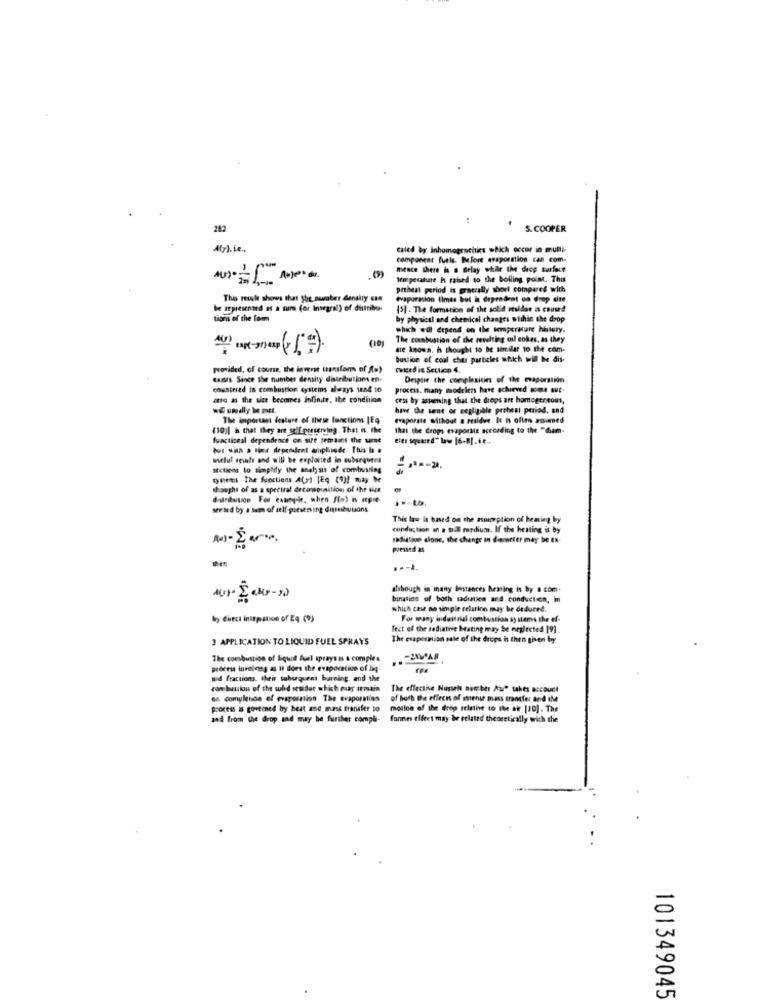
282
S. COOPER
Atyl. ie .,
caled by inhomograchics obich occur in multi-
component fuels. Before evaporation can com-
mente there is a delay while the deop surface
Itm pesatune Is raised to the boiling point. This
preheat period is graccally short compared with
This resle shows that She, surber dendily can
evaporation times but i depredzat on drop site
be represented as a sure (or Integral) of dittribo-
15] - The formation of the solid staldat is cound
by physical and chemical changes within the drop
which wil depend on the temperature history.
The combustion of the revelting ail cokes, as they
are known. h thought to be similar to the com-
bustion of coal chur particles which will be dis-
provided, of course, the inverse transfor of (=)
cuted in Section 4.
tants Since the number density distributions en-
Desplie the complexities of the evaporation
countered in combustion systems always 1and 10
process. many modelers have achieved some sut.
ato as the size becomes infinite, the condition
cess by assuming that the drops art homogeneous,
have the tent or negligible preheat period, and
The important feature of these functions |Eq
evaporate without a residue It is often asamed
(10)| h that they are soif pouserving. That is. the
that the Crops evaporate according to the "diam-
fuactionsl dependence on site temauns the urne
selul meals and will be exploited in suburquent
sections to simplify the analysis of combusting
gnemi The functions A() (Eq (9)! may be
thought of as a spectral drcomounition of the size
dulrituuoe For cabopie, when fim) is itpre-
ser led by a sum of self-paesening dissebutions
This law la based on the aspimeption of heating bry
conduction an a sil medium. If the heating is by
radiative alone, the change in diameter may be en-
pressed as
atrhough in many destances heating is by . com.
Nur- Easy-
Ination of both radiation and conduction, im
which case no simple relation may be dedured.
by Circa iniepation of Ze (?)
For many industrial combusthan sy stems the ef-
fect of the sediative beating may be neglected [9].
3 APPLICATION TO LIQUID FUEL SPRAYS
The evaporation sale of the drops is then given toy
The coesbuttion of liquid fuel sprays is a comples
process involving as It does the evaporation of bq.
wid fractions their subirquent burning and the
con bustion of the wh'd sesidor which muay itmain
The effective Nusseit But ber Au" takes account
en complessa of evaporation The evaporaties of both the effects of estense mass transfer and IM
of both the effects of estense mass transfer and the
process is gortined by heat and mass transfer to
moilon of the drop relative to the at [10] . The
and from the drop and may be further compli-
fonnes effect may be related theoretically with the
101349045